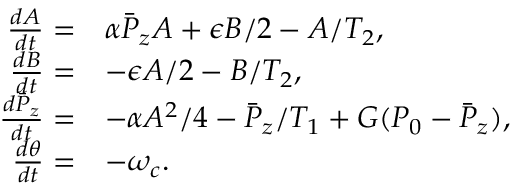
\begin{array} { r l } { \frac { d A } { d t } = } & { \alpha \bar { P } _ { z } A + \epsilon B / 2 - A / T _ { 2 } , } \\ { \frac { d B } { d t } = } & { - \epsilon A / 2 - B / T _ { 2 } , } \\ { \frac { d \bar { P } _ { z } } { d t } = } & { - \alpha A ^ { 2 } / 4 - \bar { P } _ { z } / T _ { 1 } + G ( P _ { 0 } - \bar { P } _ { z } ) , } \\ { \frac { d \theta } { d t } = } & { - \omega _ { c } . } \end{array}